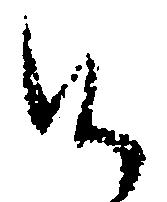
候